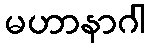
မဟာနာဂါ